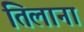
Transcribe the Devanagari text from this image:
तिलाना